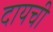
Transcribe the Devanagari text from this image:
दायची